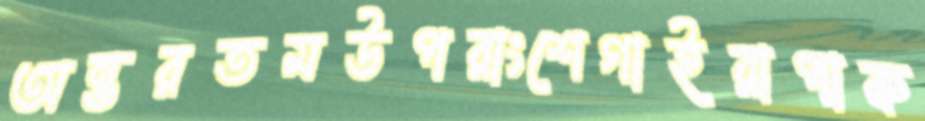
অন্তরতমউপরাংশেগাইরাপাক